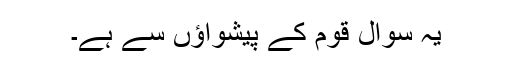
یہ سوال قوم کے پیشواؤں سے ہے۔